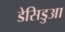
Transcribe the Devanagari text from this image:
डेसिडुआ